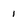
Character: 1